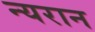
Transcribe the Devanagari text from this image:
न्यरान